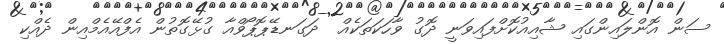
ސަން އޮންލައިންގައި ޝާއިއުކޮށްފައިވަނީ ދޮގު ވާހަކަތަކެއް  ދަގަނޑޭޕޮޕޯވްއާ ގުޅޭގޮތުން އެފްއޭއެމްއިން ދެއްކި